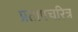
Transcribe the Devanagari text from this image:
प्रतापचरित्र